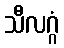
သီလဂ္ဂံ